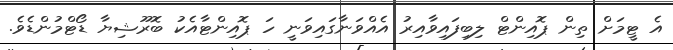
އެ ޓީމަށް ތިން ޕޮއިންޓް ލިބިފައިވާއިރު އެއްވަނާގައިވަނީ ހަ ޕޮއިންޓާއެކު ބޮރޫޝިޔާ ޑޯޓްމުންޑެވެ.